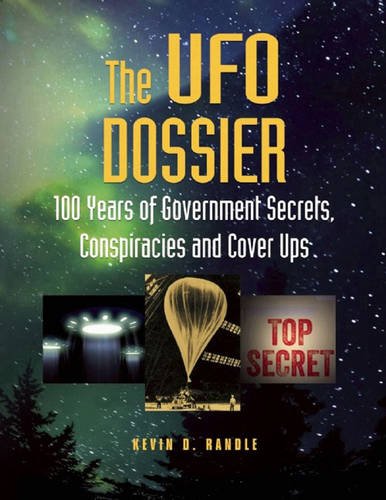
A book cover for The UFO Dossier: 100 Years of Government Secrets, Conspiracies, and Cover-Ups; Kevin D. Randle; Science & Math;